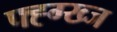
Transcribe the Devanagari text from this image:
फ्ह्ग्ख्ज